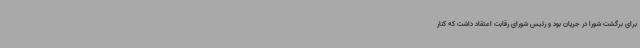
برای برگشت شورا در جریان بود و رئیس شورای رقابت اعتقاد داشت که کنار